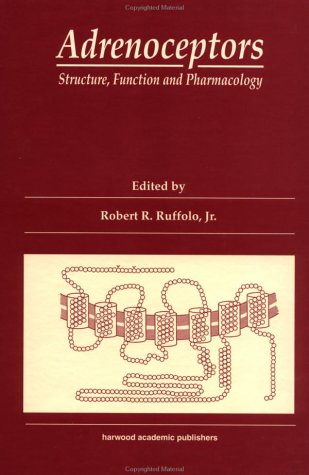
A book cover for Adrenoceptors: Structure, Function and Pharmacology; Robert Ruffolo; Medical Books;